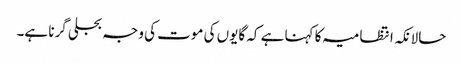
حالانکہ انتظامیہ کا کہنا ہے کہ گایوں کی موت کی وجہ بجلی گرنا ہے۔